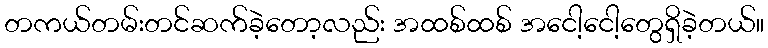
တကယ်တမ်းတင်ဆက်ခဲ့တော့လည်း အထစ်ထစ် အငေါ့ငေါ့တွေရှိခဲ့တယ်။